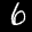
Label: 6